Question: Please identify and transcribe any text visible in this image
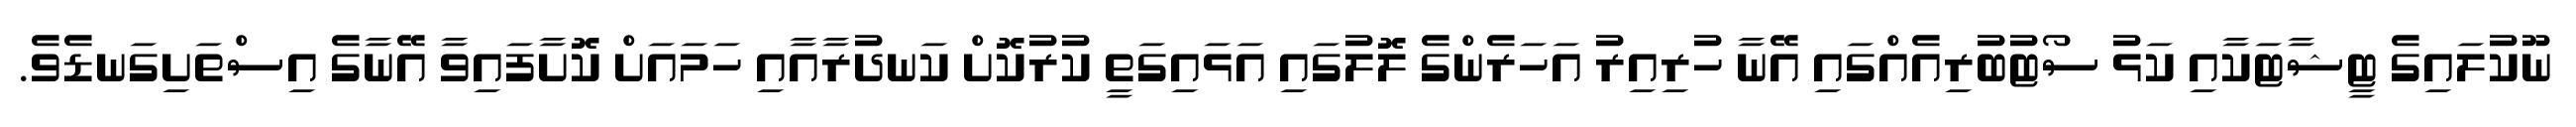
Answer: ނޫކުލައިގެ ޓީޝާޓަކާއި ކަޅު ސޯޓުބުރިއެއްގައި އޭނާ ހުރިއިރު އަހަރެންގެ ލޮލުގައި އަޅައިގަތީ ކުރުކޮށް ކަނދުރާއާއި ހަމައަށް ކޮށާފައިވާ އޭނާގެ އިސްތަށިގަނޑެވެ.